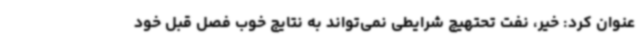
عنوان کرد: خیر، نفت تحتهیچ شرایطی نمی‌تواند به نتایج خوب فصل قبل خود